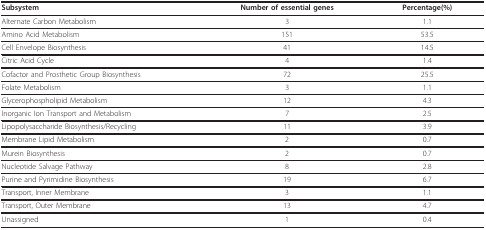
<table><thead><tr><td><b>Subsystem</b></td><td><b>Number of essential genes</b></td><td><b>Percentage(%)</b></td></tr></thead><tbody><tr><td>Alternate Carbon Metabolism</td><td>3</td><td>1.1</td></tr><tr><td>Amino Acid Metabolism</td><td>151</td><td>53.5</td></tr><tr><td>Cell Envelope Biosynthesis</td><td>41</td><td>14.5</td></tr><tr><td>Citric Acid Cycle</td><td>4</td><td>1.4</td></tr><tr><td>Cofactor and Prosthetic Group Biosynthesis</td><td>72</td><td>25.5</td></tr><tr><td>Folate Metabolism</td><td>3</td><td>1.1</td></tr><tr><td>Glycerophospholipid Metabolism</td><td>12</td><td>4.3</td></tr><tr><td>Inorganic Ion Transport and Metabolism</td><td>7</td><td>2.5</td></tr><tr><td>Lipopolysaccharide Biosynthesis/Recycling</td><td>11</td><td>3.9</td></tr><tr><td>Membrane Lipid Metabolism</td><td>2</td><td>0.7</td></tr><tr><td>Murein Biosynthesis</td><td>2</td><td>0.7</td></tr><tr><td>Nucleotide Salvage Pathway</td><td>8</td><td>2.8</td></tr><tr><td>Purine and Pyrimidine Biosynthesis</td><td>19</td><td>6.7</td></tr><tr><td>Transport, Inner Membrane</td><td>3</td><td>1.1</td></tr><tr><td>Transport, Outer Membrane</td><td>13</td><td>4.7</td></tr><tr><td>Unassigned</td><td>1</td><td>0.4</td></tr></tbody></table>